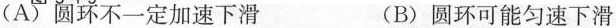
(A)圆环不一定加速下滑 (B)圆环可能匀速下滑